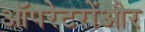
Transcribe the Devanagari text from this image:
ऑपरेटरोंऔर